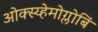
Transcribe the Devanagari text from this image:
ओक्स्य्हेमोग्लोबिं